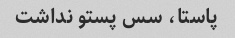
پاستا، سس پستو نداشت